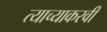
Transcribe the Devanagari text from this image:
त्याच्याकरवी